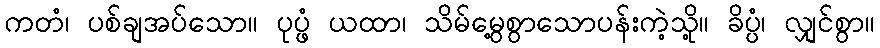
ကတံ၊ ပစ်ချအပ်သော။ ပုပ္ဖံ ယထာ၊ သိမ်မွေ့စွာသောပန်းကဲ့သို့။ ခိပ္ပံ၊ လျှင်စွာ။